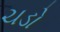
ચડો